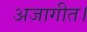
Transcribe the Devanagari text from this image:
अजागीत।